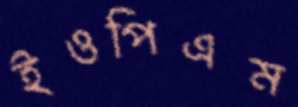
ইওপিএম